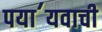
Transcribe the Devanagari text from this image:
पया॔यवाची